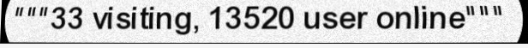
"""33 visiting, 13520 user online"""